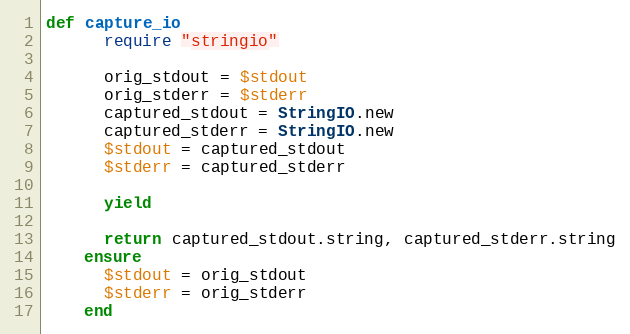
Language: Ruby
def capture_io
      require "stringio"

      orig_stdout = $stdout
      orig_stderr = $stderr
      captured_stdout = StringIO.new
      captured_stderr = StringIO.new
      $stdout = captured_stdout
      $stderr = captured_stderr

      yield

      return captured_stdout.string, captured_stderr.string
    ensure
      $stdout = orig_stdout
      $stderr = orig_stderr
    end